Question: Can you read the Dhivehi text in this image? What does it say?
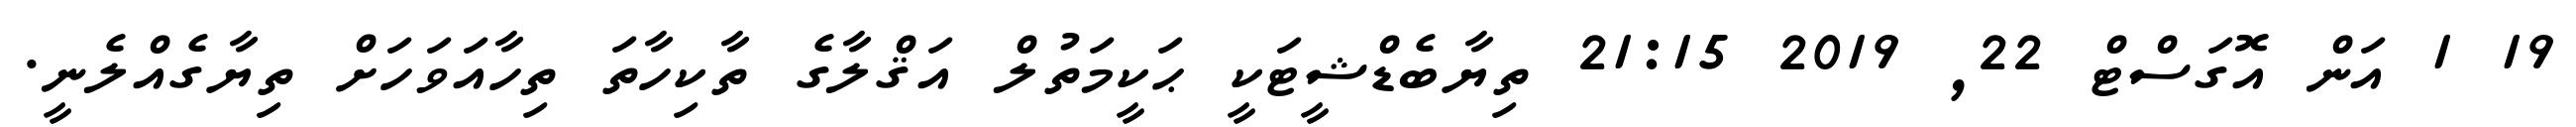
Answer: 19 1 އަން އޮގަސްޓް 22, 2019 21:15 ތިޔާބެޑްޝީޓަކީ ޙަކީމަތުލް އަޤްލާގެ ތާކިހާތަ ތިހާއަވަހަށް ތިޔާގެއްލެނީ.